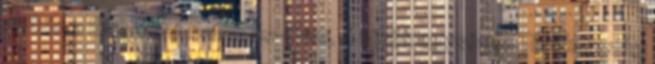
élükön a Dzsabhat Fatah as-Sám. A török egységek Törökország